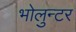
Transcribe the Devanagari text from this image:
भोलुन्टर